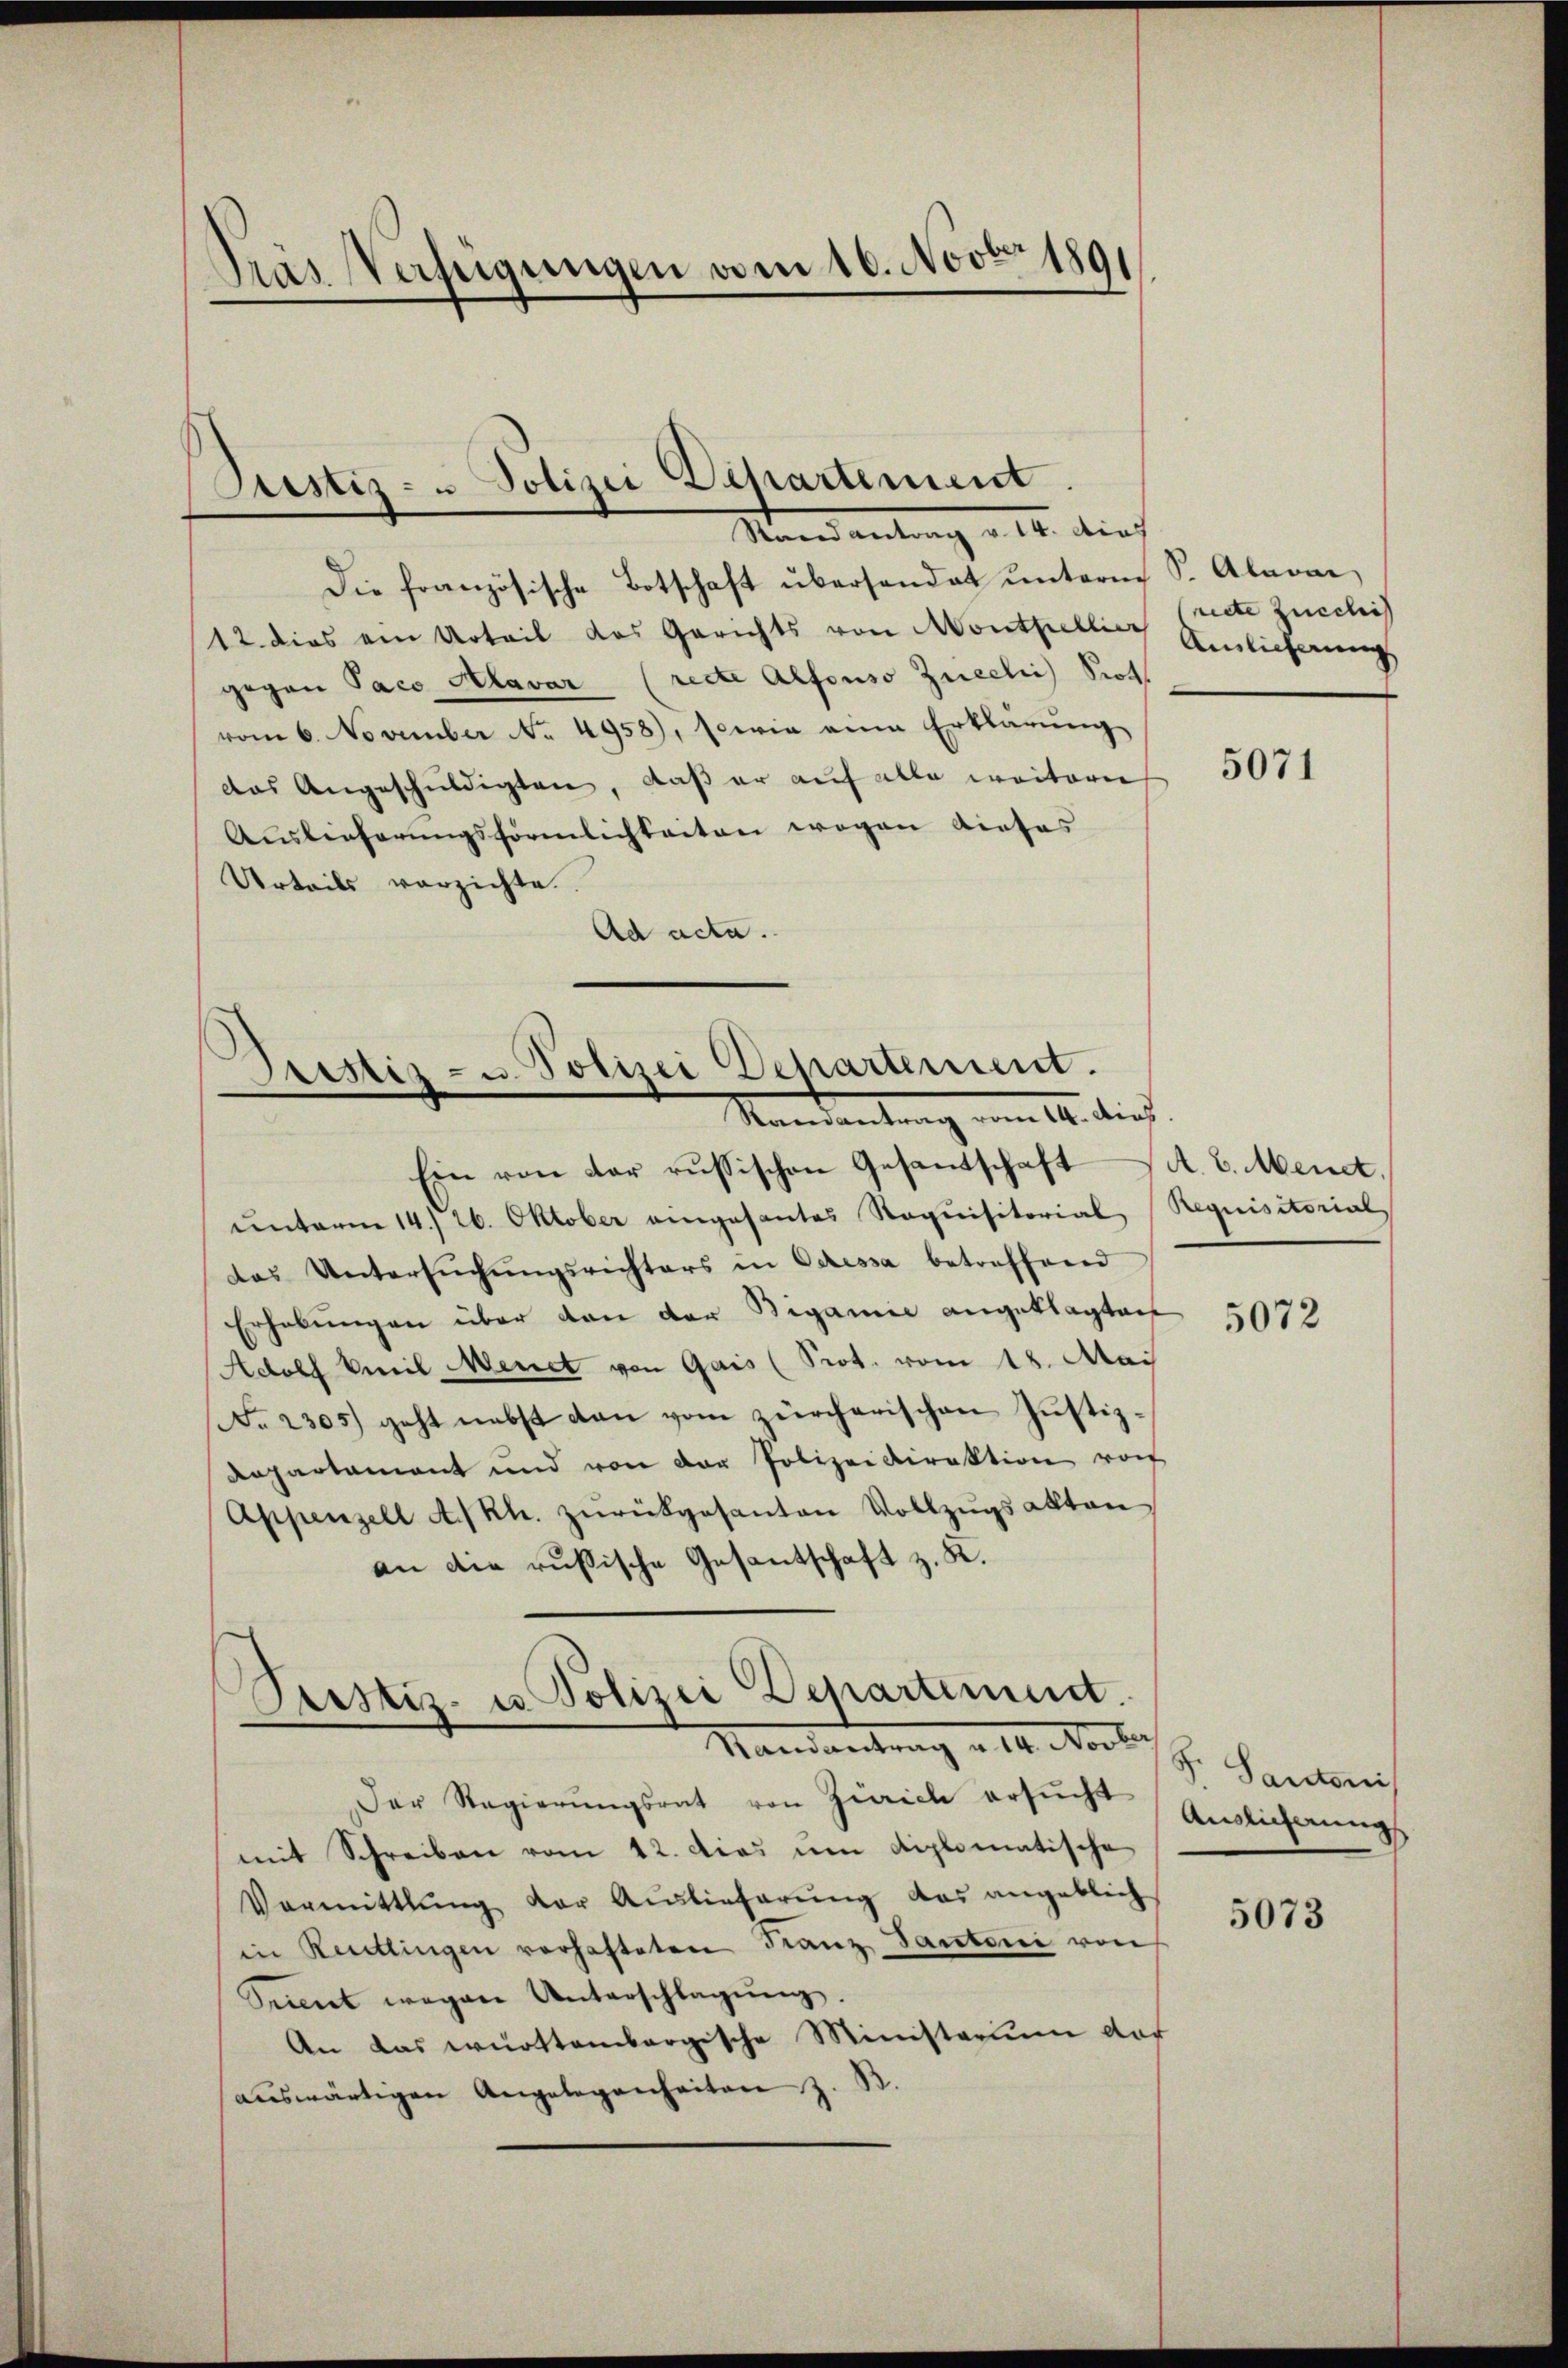
Tras Verfeigungen vom 16. Nov. 1891

Justiz- u Polizei Departement
Standantung d. 4. dies

Die französische Botschaft übersandat ŭnterm S. Alavai
12. dies ein Urteil das Gerichts von Monthelli Anlieferung
gegen Paco Alavar (recte Alfonso Zuecli Prot
vom 6. November No. 4958), sowie eine Erklärŭng
das Angeschuldigten, daß er auf alle weitere
Auslieferungsförmlichkeiten wegen dieses
Urteils verzichte.
Ad acta.

Prestiz- u. Polizei Departement.
Mandantrag vom 14. dies

Ein von der russischen Gesandschaft A. E. Mendt,
ŭnterm 14./ 26. Oktober angesantes Requisitorial Requisitorial,
das Untersŭchŭngsrichters in Ocessa betreffend
Erhabŭngen über den der Rigamie angeklagten
Adolf Weil Menet von Gais (Prot. vom 18. Mai
No 2305) geht nebst dan vom zürcherischen Justiz¬
Departament und von der Polizeidirektion von
Appenzell A/Rh. zurückgesanten Vollzŭgsakten
an die russische Gesantschaft z. K.
Purstiz- u Polizei Departement.
Mandartung v. 4. Fortsch. Handen
Der Regierŭngsrat von Zürich ersucht Auslicherungs
mit Schreiben vom 12. dies um diplomatische
Vormittlung der Auslieferŭng das angeblich
in Reutlingen vorhafteten Franz Santoni von
Sinnet wegen Unterschlagŭng.
An das württembergische Ministerium daf
aŭswärtigen Angelegenheiten z. B

recte Zucchi

5071

5072

5073